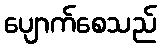
ပျောက်စေသည်